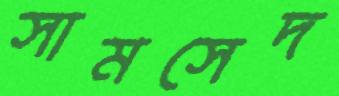
সামসেদ